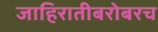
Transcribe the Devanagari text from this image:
जाहिरातीबरोबरच